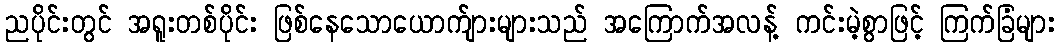
ညပိုင်းတွင် အရူးတစ်ပိုင်း ဖြစ်နေသောယောက်ျားများသည် အကြောက်အလန့် ကင်းမဲ့စွာဖြင့် ကြက်ခြံများ